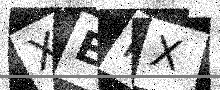
Text: XEHX